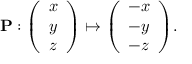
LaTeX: \mathbf { P } : { \left( \begin{array} { l } { x } \\ { y } \\ { z } \end{array} \right) } \mapsto { \left( \begin{array} { l } { - x } \\ { - y } \\ { - z } \end{array} \right) } .